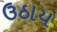
ઉઠાય